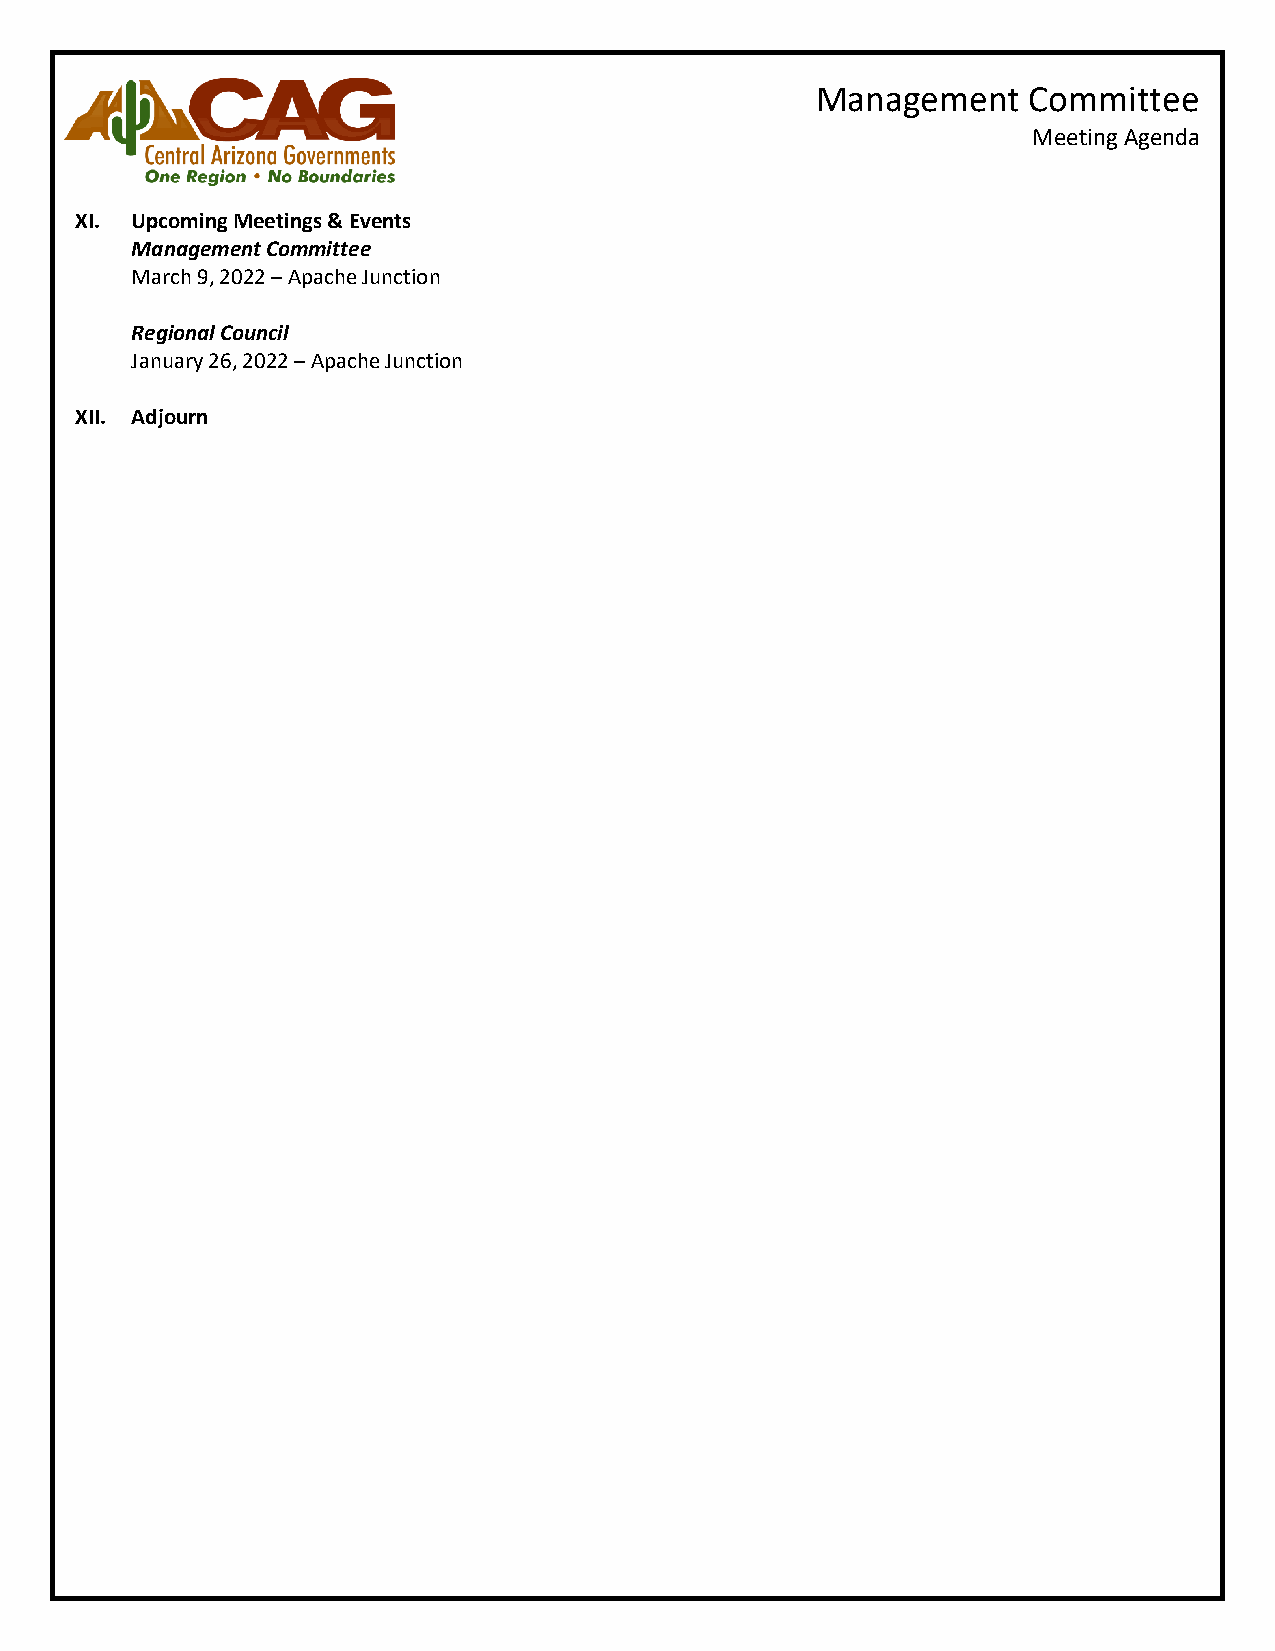
Management    Committee
 Meeting Agenda
 XI. Upcoming Meetings & Events
 Management Committee
 March 9, 2022 – Apache Junction
 Regional Council
 January 26, 2022 – Apache Junction
 XII. Adjourn